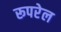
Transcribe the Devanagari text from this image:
रूपरेल